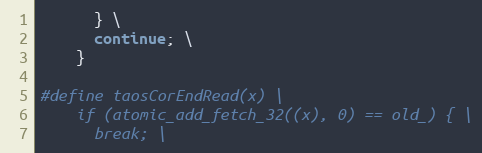
Language: C
      } \
      continue; \
    }

#define taosCorEndRead(x) \
    if (atomic_add_fetch_32((x), 0) == old_) { \
      break; \